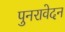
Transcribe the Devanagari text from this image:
पुनरावेदन